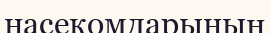
насекомдарының